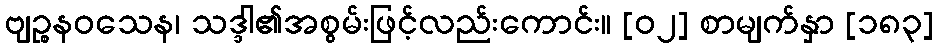
ဗျဉ္စနဝသေန၊ သဒ္ဒါ၏အစွမ်းဖြင့်လည်းကောင်း။ [၀၂] စာမျက်နှာ [၁၈၃]